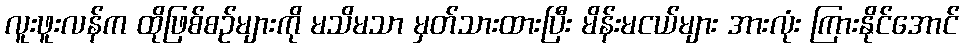
လူးဖူးလန်က ထိုဖြစ်စဉ်များကို မသိမသာ မှတ်သားထားပြီး မိန်းမငယ်များ အားလုံး ကြားနိုင်အောင်